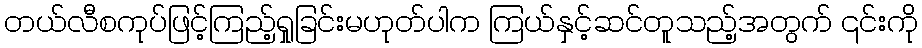
တယ်လီစကုပ်ဖြင့်ကြည့်ရှုခြင်းမဟုတ်ပါက ကြယ်နှင့်ဆင်တူသည့်အတွက် ၎င်းကို